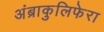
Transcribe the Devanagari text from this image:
अंब्राकुलिफेरा